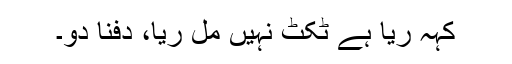
کہہ ریا ہے ٹکٹ نہیں مل ریا، دفنا دو۔